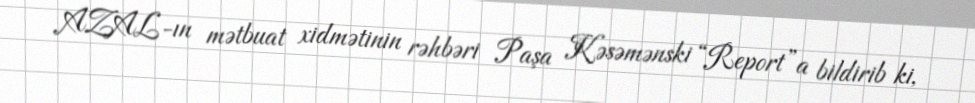
AZAL-ın mətbuat xidmətinin rəhbəri Paşa Kəsəmənski “Report”a bildirib ki,